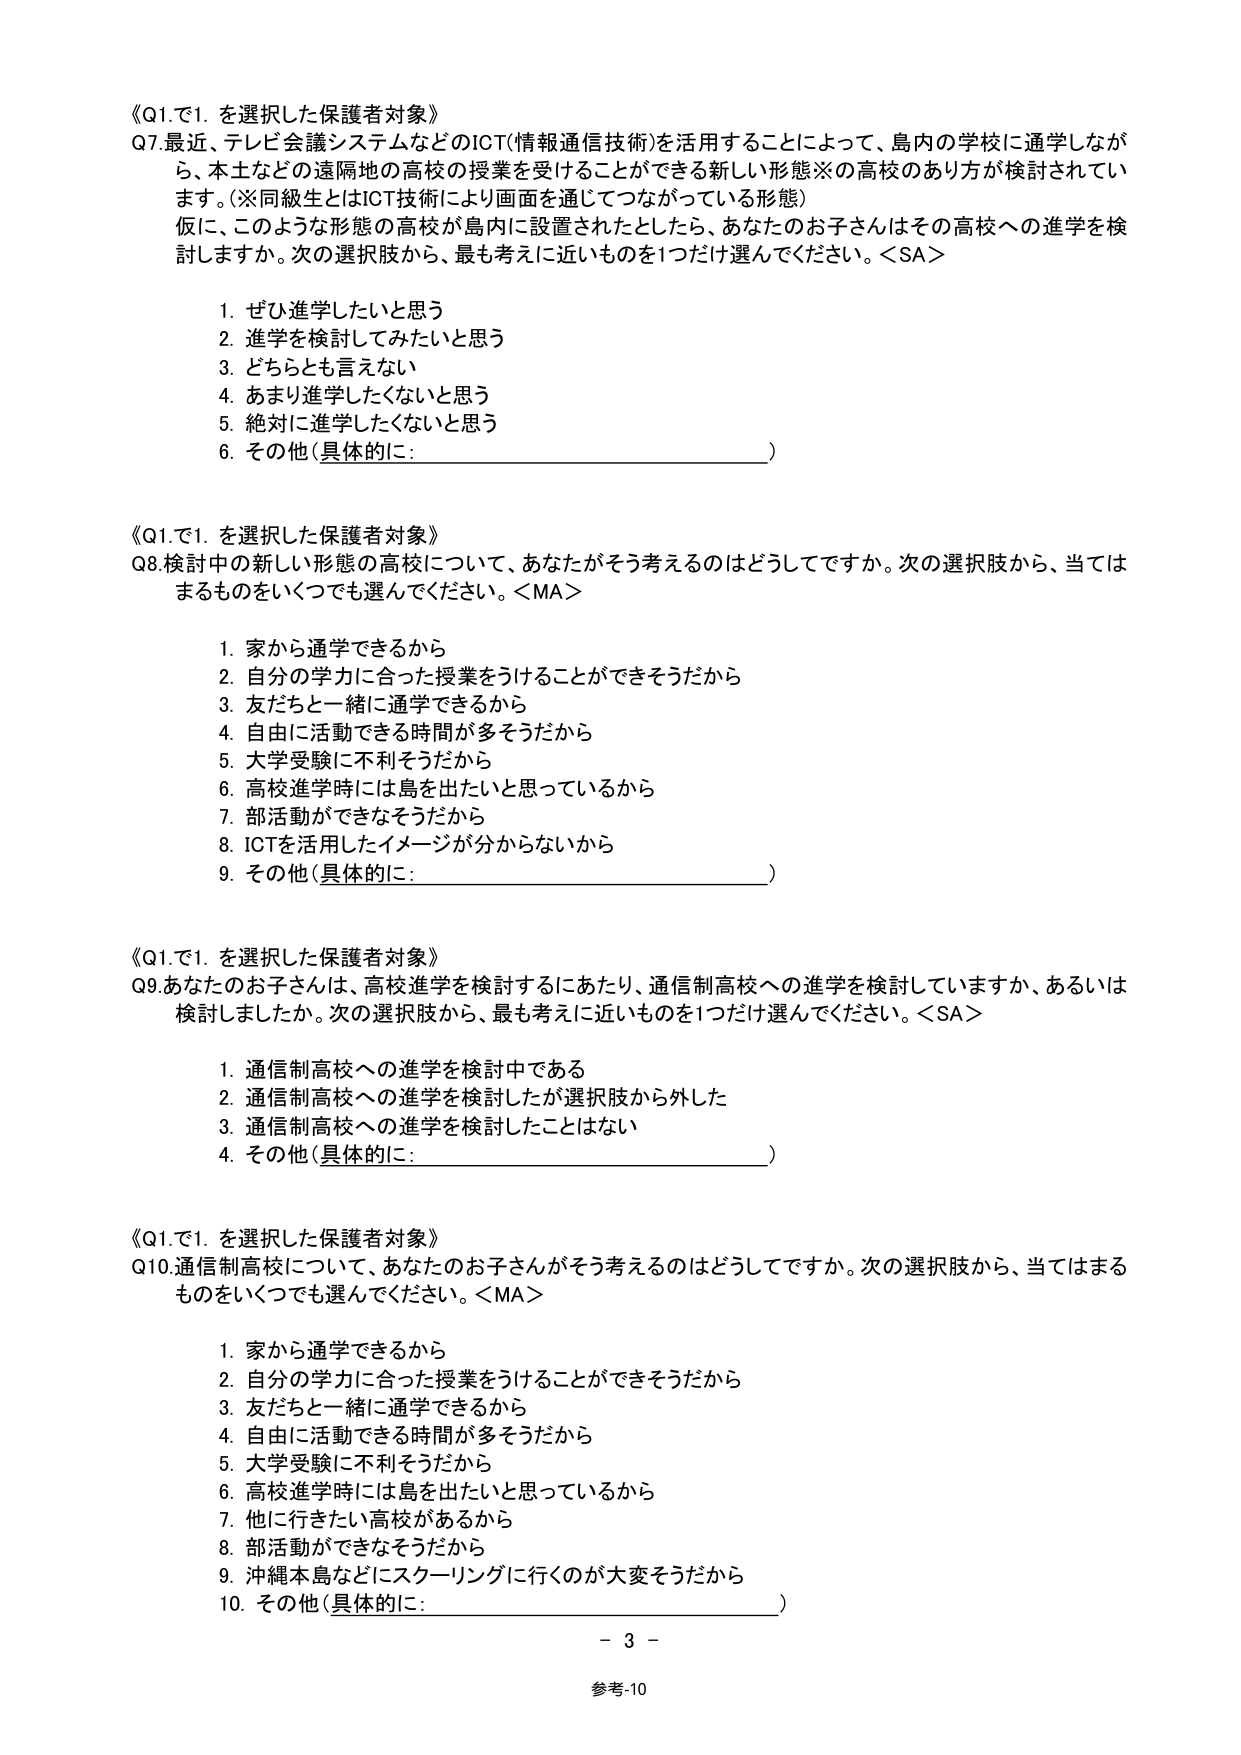
《Q1.で1. を選択した保護者対象》
Q7.最近、テレビ会議システムなどのICT(情報通信技術)を活用することによって、島内の学校に通学しなが
ら、本土などの遠隔地の高校の授業を受けることができる新しい形態※の高校のあり方が検討されてい
ます。(※同級生とはICT技術により画面を通じてつながっている形態)
仮に、このような形態の高校が島内に設置されたとしたら、あなたのお子さんはその高校への進学を検
討しますか。次の選択肢から、最も考えに近いものを1つだけ選んでください。<SA>

1. ぜひ進学したいと思う
2. 進学を検討してみたいと思う
3. どちらとも言えない
4. あまり進学したくないと思う
5. 絶対に進学したくないと思う
6. その他(具体的に:__________________________)

《Q1.で1. を選択した保護者対象》
Q8.検討中の新しい形態の高校について、あなたがそう考えるのはどうしてですか。次の選択肢から、当ては
まるものをいくつでも選んでください。<MA>

1. 家から通学できるから
2. 自分の学力に合った授業をうけることができるそうだから
3. 友だちと一緒に通学できるから
4. 自由に活動できる時間が多そうだから
5. 大学受験に不利そうだから
6. 高校進学時には島を出たいと思っているから
7. 部活動ができなそうだから
8. ICTを活用したイメージが分からないから
9. その他(具体的に:__________________________)

《Q1.で1. を選択した保護者対象》
Q9.あなたの子さんは、高校進学を検討するにあたり、通信制高校への進学を検討していますか、あるいは
検討しましたか。次の選択肢から、最も考えに近いものを1つだけ選んでください。<SA>

1. 通信制高校への進学を検討中である
2. 通信制高校への進学を検討したが選択肢から外した
3. 通信制高校への進学を検討したことはない
4. その他(具体的に:__________________________)

《Q1.で1. を選択した保護者対象》
Q10.通信制高校について、あなたのお子さんがそう考えるのはどうしてですか。次の選択肢から、当てはまる
ものをいくつでも選んでください。<MA>

1. 家から通学できるから
2. 自分の学力に合った授業をうけることができるそうだから
3. 友だちと一緒に通学できるから
4. 自由に活動できる時間が多そうだから
5. 大学受験に不利そうだから
6. 高校進学時には島を出たいと思っているから
7. 他に行きたい高校があるから
8. 部活動ができなそうだから
9. 沖縄本島などにスクーリングに行くのが大変そうだから
10. その他(具体的に:__________________________)

- 3 -
参考-10